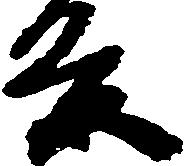
条